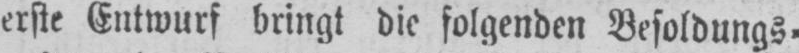
erste Entwurf bringt die folgenden Besoldungs⸗